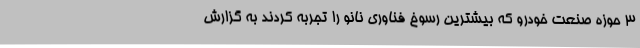
3 حوزه صنعت خودرو که بیشترین رسوخ فناوری نانو را تجربه کردند به گزارش